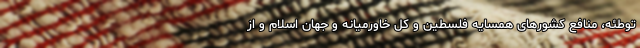
توطئه، منافع کشورهای همسایه فلسطین و کل خاورمیانه و جهان اسلام و از